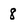
Character: 8